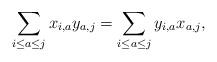
LaTeX: \begin{align*}\sum_{i\leq a \leq j} x_{i,a}y_{a,j}=\sum_{i\leq a \leq j} y_{i,a}x_{a,j}, \end{align*}